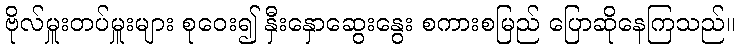
ဗိုလ်မှူးတပ်မှူးများ စုဝေး၍ နှီးနှောဆွေးနွေး စကားစမြည် ပြောဆိုနေကြသည်။